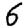
Digit: 6